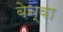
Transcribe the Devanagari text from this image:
बेन्वा